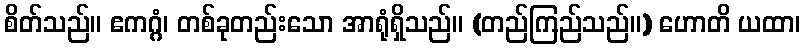
စိတ်သည်။ ဧကဂ္ဂံ၊ တစ်ခုတည်းသော အာရုံရှိသည်။ (တည်ကြည်သည်။) ဟောတိ ယထာ၊